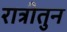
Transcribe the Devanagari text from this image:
रात्रीतुन